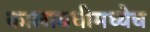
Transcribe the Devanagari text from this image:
कालावधीमध्येच